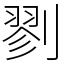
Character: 剹